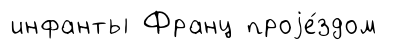
инфанты Франц проjе́здом